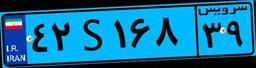
۹۶S۹۸۳۷۳